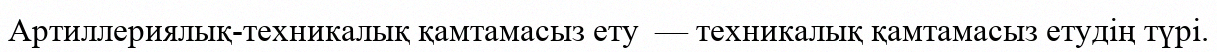
Артиллериялық-техникалық қамтамасыз ету  — техникалық қамтамасыз етудің түрі.